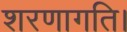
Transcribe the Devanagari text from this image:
शरणागति।